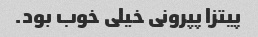
پیتزا پپرونی خیلی خوب بود.